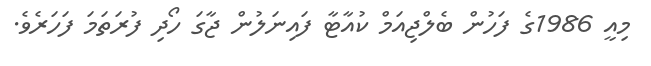
މިއީ 1986ގެ ފަހުން ބެލްޖިއަމް ކުއާޓާ ފައިނަލުން ޖާގަ ހޯދި ފުރަތަމަ ފަހަރެވެ.